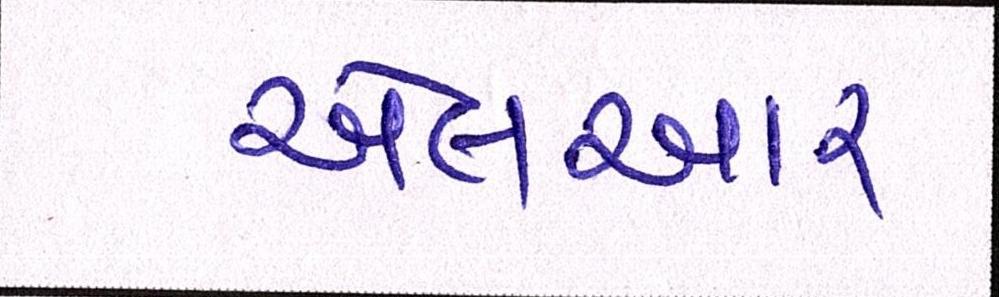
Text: એલઆર